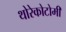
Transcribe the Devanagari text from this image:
थोरेकोटोमी